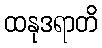
ထနုဒရာတိ